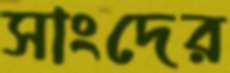
সাংদের